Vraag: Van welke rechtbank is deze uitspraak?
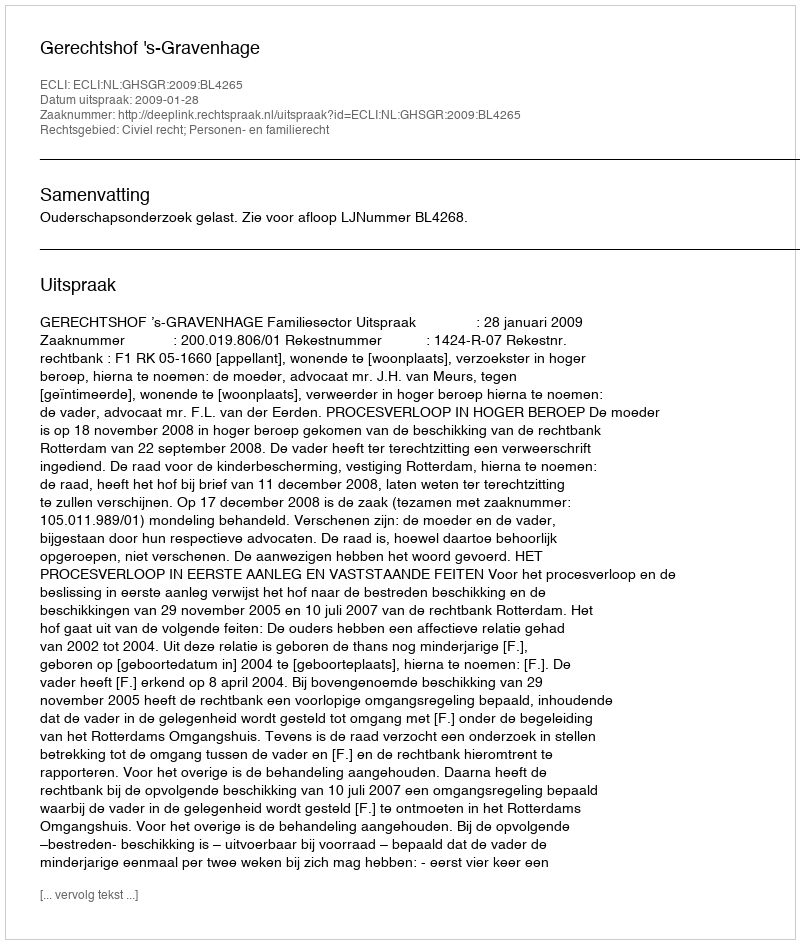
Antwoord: Gerechtshof 's-Gravenhage